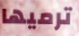
ترميها